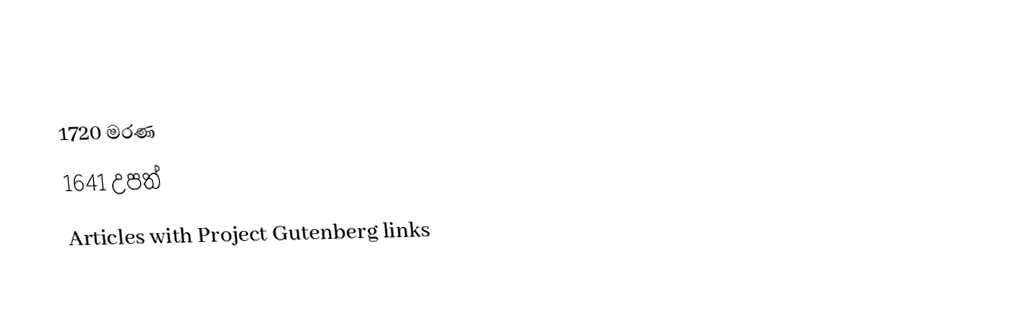
1720 මරණ
1641 උපත්
Articles with Project Gutenberg links